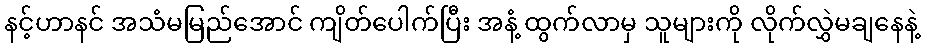
နင့်ဟာနင် အသံမမြည်အောင် ကျိတ်ပေါက်ပြီး အနံ့ ထွက်လာမှ သူများကို လိုက်လွှဲမချနေနဲ့